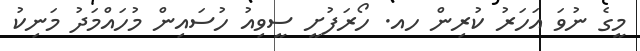
މީގެ ނުވަ އަހަރު ކުރިން ހއ. ހޯރަފުށީ ސީވިއު ހުސައިން މުހައްމަދު މަނިކު